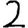
Digit: 2